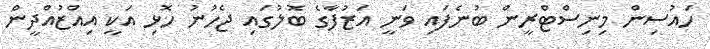
ހައުސިން މިނިސްޓްރީން ބުނެފައި ވަނީ އަޒުފާގެ ބޮލުގައި ޖެހުނު ހޮޅި އަކީ އިއްޒުއްދީން